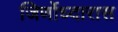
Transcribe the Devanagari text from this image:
जिर्णोध्दारास